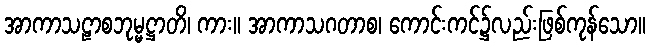
အာကာသဠာစဘုမ္မဋ္ဌာတိ၊ ကား။ အာကာသဂတာစ၊ ကောင်းကင်၌လည်းဖြစ်ကုန်သော။